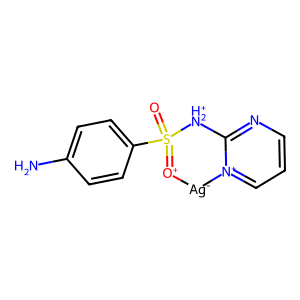
SMILES: Nc1ccc(S2(=O)=[O+][Ag-][n+]3cccnc3[NH2+]2)cc1
Inhibits HIV replication: No